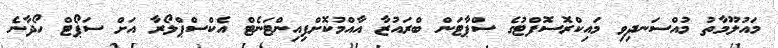
މައުލޫމާތު މުއްސަނދިވި މައިކްރޮސޮފްޓުގެ ސްޕާޓަން ބްރައުޒާ އާއްމުކޮށްފިއިންޓަނެޓް އެކްސްޕްލޯރާ އަށް ސަޕޯޓް ހޯދާނެ